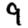
Digit: 9